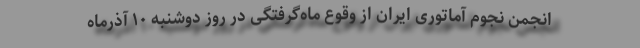
انجمن نجوم آماتوری ایران از وقوع ماه‌گرفتگی در روز دوشنبه ۱۰ آذرماه